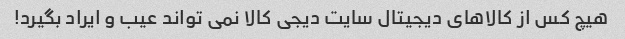
هیچ کس از کالاهای دیجیتال سایت دیجی کالا نمی تواند عیب و ایراد بگیرد!